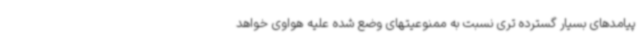
پیامدهای بسیار گسترده تری نسبت به ممنوعیتهای وضع شده علیه هواوی خواهد